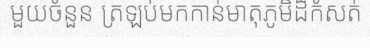
មួយចំនួន ត្រឡប់មកកាន់មាតុភូមិដ៏កំសត់